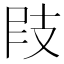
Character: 𢻀